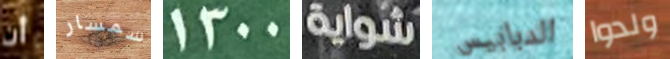
أن سمسار 1300 شواية الدبابيس ولدوا